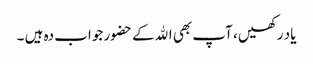
یاد رکھیں ، آپ بھی اﷲکے حضور جواب دہ ہیں ۔